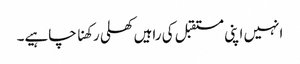
انہیں اپنی مستقبل کی راہیں کھلی رکھنا چاہیے۔